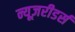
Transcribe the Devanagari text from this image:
न्यूज़रीडर्स